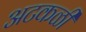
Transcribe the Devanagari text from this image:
अटकळी